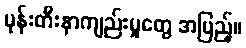
မုန်းတီးနာကျည်းမှုတွေ အပြည့်။